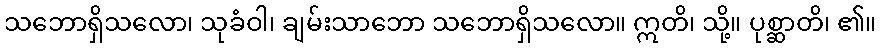
သဘောရှိသလော၊ သုခံဝါ၊ ချမ်းသာဘော သဘောရှိသလော။ ဣတိ၊ သို့။ ပုစ္ဆာတိ၊ ၏။